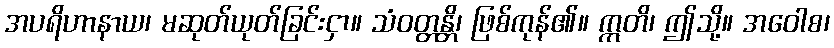
အပရိဟာနာယ၊ မဆုတ်ယုတ်ခြင်းငှာ။ သံဝတ္တန္တိ၊ ဖြစ်ကုန်၏။ ဣတိ၊ ဤသို့။ အဝေါစ၊